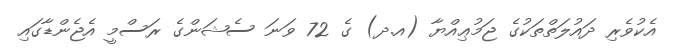
އެކުވެރި ދައުލަތްތަކުގެ ޖަމުޢިއްޔާ (އ.ދ) ގެ 72 ވަނަ ސެޝަންގެ ރަސްމީ އެޖެންޑާގައި